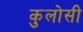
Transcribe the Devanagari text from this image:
कुलोसी